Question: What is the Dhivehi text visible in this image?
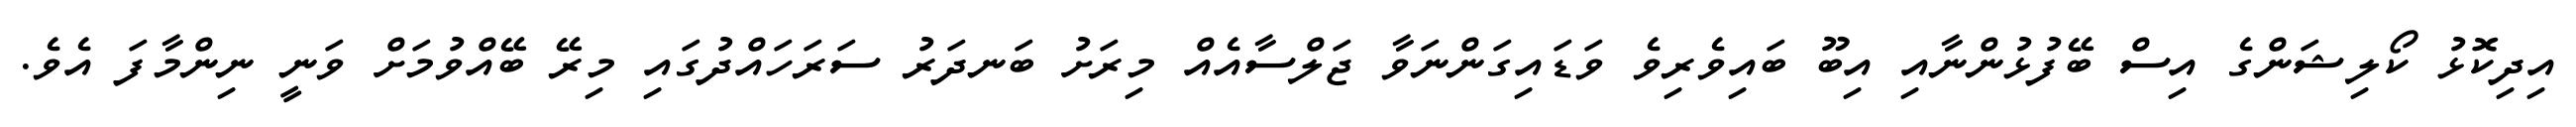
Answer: އިދިކޮޅު ކޯލިޝަންގެ އިސް ބޭފުޅުންނާއި އިބޫ ބައިވެރިވެ ވަޑައިގަންނަވާ ޖަލްސާއެއް މިރަށު ބަނދަރު ސަރަހައްދުގައި މިރޭ ބޭއްވުމަށް ވަނީ ނިންމާފަ އެވެ.